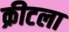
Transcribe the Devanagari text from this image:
क्रीटला